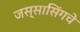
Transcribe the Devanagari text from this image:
जस्सासिंगचे